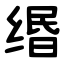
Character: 缗